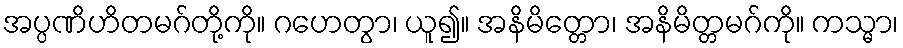
အပ္ပဏိဟိတမဂ်တို့ကို။ ဂဟေတွာ၊ ယူ၍။ အနိမိတ္တော၊ အနိမိတ္တမဂ်ကို။ ကသ္မာ၊